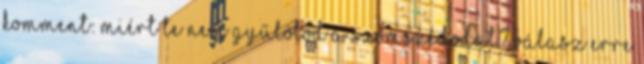
komment: Miért te nem gyűlölöd a szomszédodat? Válasz erre